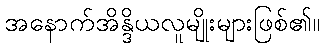
အနောက်အိန္ဒိယလူမျိုးများဖြစ်၏။